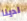
لدينا